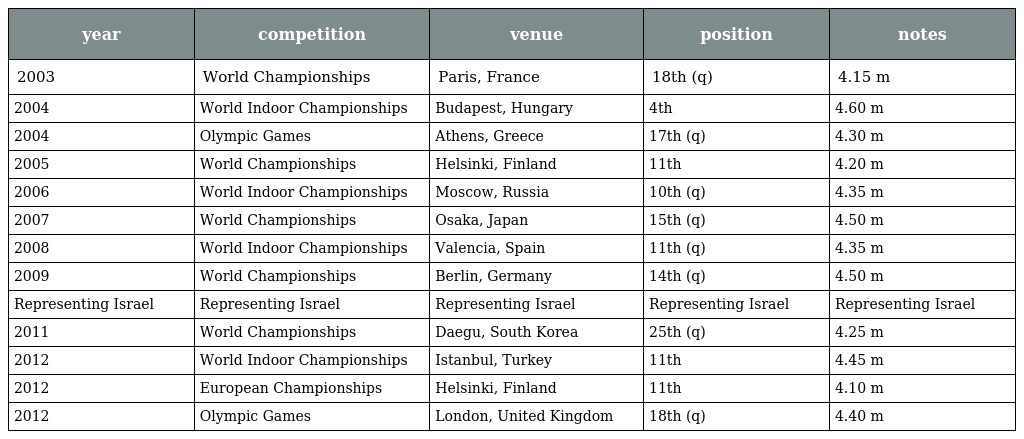
| year | competition | venue | position | notes |
 | --- | --- | --- | --- | --- |
 | 2003 | World Championships | Paris, France | 18th (q) | 4.15 m |
 | 2004 | World Indoor Championships | Budapest, Hungary | 4th | 4.60 m |
 | 2004 | Olympic Games | Athens, Greece | 17th (q) | 4.30 m |
 | 2005 | World Championships | Helsinki, Finland | 11th | 4.20 m |
 | 2006 | World Indoor Championships | Moscow, Russia | 10th (q) | 4.35 m |
 | 2007 | World Championships | Osaka, Japan | 15th (q) | 4.50 m |
 | 2008 | World Indoor Championships | Valencia, Spain | 11th (q) | 4.35 m |
 | 2009 | World Championships | Berlin, Germany | 14th (q) | 4.50 m |
 | Representing Israel | Representing Israel | Representing Israel | Representing Israel | Representing Israel |
 | 2011 | World Championships | Daegu, South Korea | 25th (q) | 4.25 m |
 | 2012 | World Indoor Championships | Istanbul, Turkey | 11th | 4.45 m |
 | 2012 | European Championships | Helsinki, Finland | 11th | 4.10 m |
 | 2012 | Olympic Games | London, United Kingdom | 18th (q) | 4.40 m |